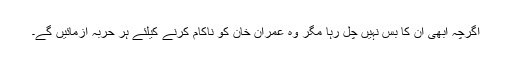
اگرچہ ابھی ان کا بس نہیں چل رہا مگر وہ عمران خان کو ناکام کرنے کیلئے ہر حربہ آزمائیں گے۔